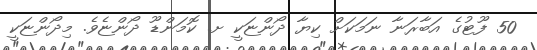
50 ފޫޓުގެ އަބާރަނާ ނަމަކަށް ކިޔާ ދޯންޏަކީ ށ. ކޮމަންޑޫ ދޯންޏެވެ. މިދޯންޏަކީ